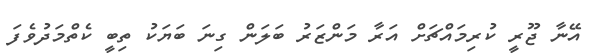
އޭނާ ޖޫރީ ކުރިމައްޗަށް އަރާ މަންޒަރު ބަލަން ގިނަ ބަޔަކު ތިބީ ކެތްމަދުވެފަ